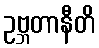
ဥဗ္ဘတာနီတိ